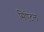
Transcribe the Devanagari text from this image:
सिऐटल